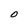
Character: O